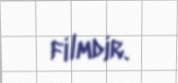
filmdir.